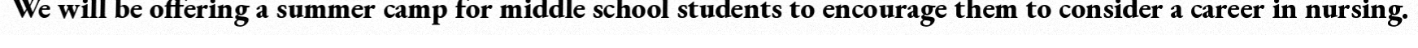
We will be offering a summer camp for middle school students to encourage them to consider a career in nursing.